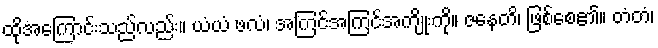
ထိုအကြောင်းသည်လည်း။ ယံယံ ဖလံ၊ အကြင်အကြင်အကျိုးကို။ ဇနေတိ၊ ဖြစ်စေ၏။ တံတံ၊